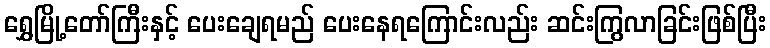
ရွှေမြို့တော်ကြီးနှင့် ပေးချေရမည် ပေးနေရကြောင်းလည်း ဆင်းကြွလာခြင်းဖြစ်ပြီး